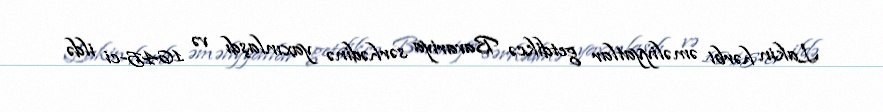
Lakin hərbi əməliyyatlar getdikcə Bavariya sərhədinə yaxınlaşdı və 1645-ci ildə